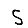
Digit: 5